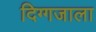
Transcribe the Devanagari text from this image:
दिग्गजाला